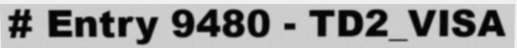
# Entry 9480 - TD2_VISA